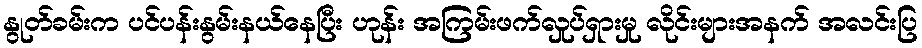
နွုတ်ခမ်းက ပင်ပန်းနွမ်းနယ်နေပြီး ဟုန်း အကြမ်းဖက်လှုပ်ရှားမှု လိုင်းများအနက် အလင်းပြ